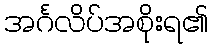
အင်္ဂလိပ်အစိုးရ၏